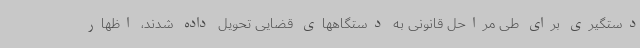
دستگیری برای طی مراحل قانونی به دستگاههای قضایی تحویل داده شدند، اظهار